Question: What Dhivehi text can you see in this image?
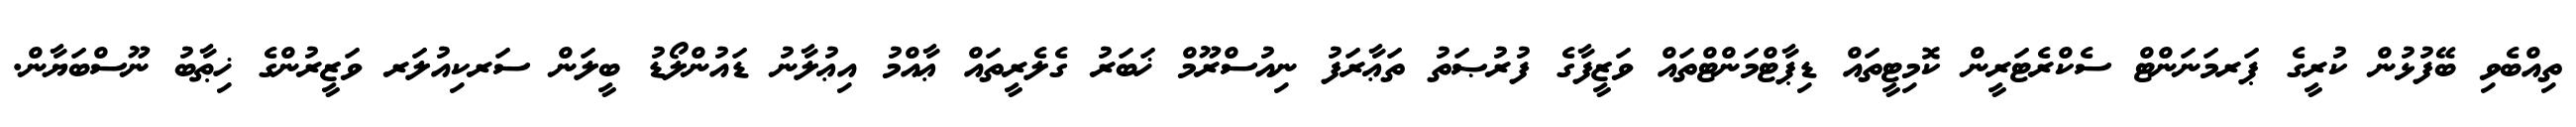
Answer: ތިއްބެވި ބޭފުޅުން ކުރީގެ ޕަރމަނަންޓް ސެކްރެޓަރީން ކޮމިޓީތައް ޑިޕާޓްމަންޓްތައް ވަޒީފާގެ ފުރުޞަތު ތަޢާރަފު ނިއުސްރޫމް ޚަބަރު ގެލެރީތައް ޢާއްމު އިޢުލާނު ޑައުންލޯޑު ބީލަން ސަރކިއުލަރ ވަޒީރުންގެ ޚިޠާބު ނޫސްބަޔާން.